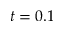
t = 0 . 1